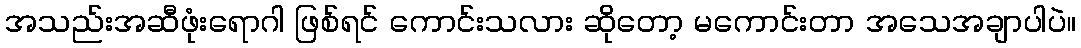
အသည်းအဆီဖုံးရောဂါ ဖြစ်ရင် ကောင်းသလား ဆိုတော့ မကောင်းတာ အသေအချာပါပဲ။